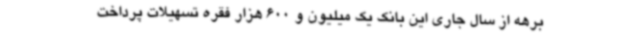
برهه از سال جاری این بانک یک میلیون و 600 هزار فقره تسهیلات پرداخت